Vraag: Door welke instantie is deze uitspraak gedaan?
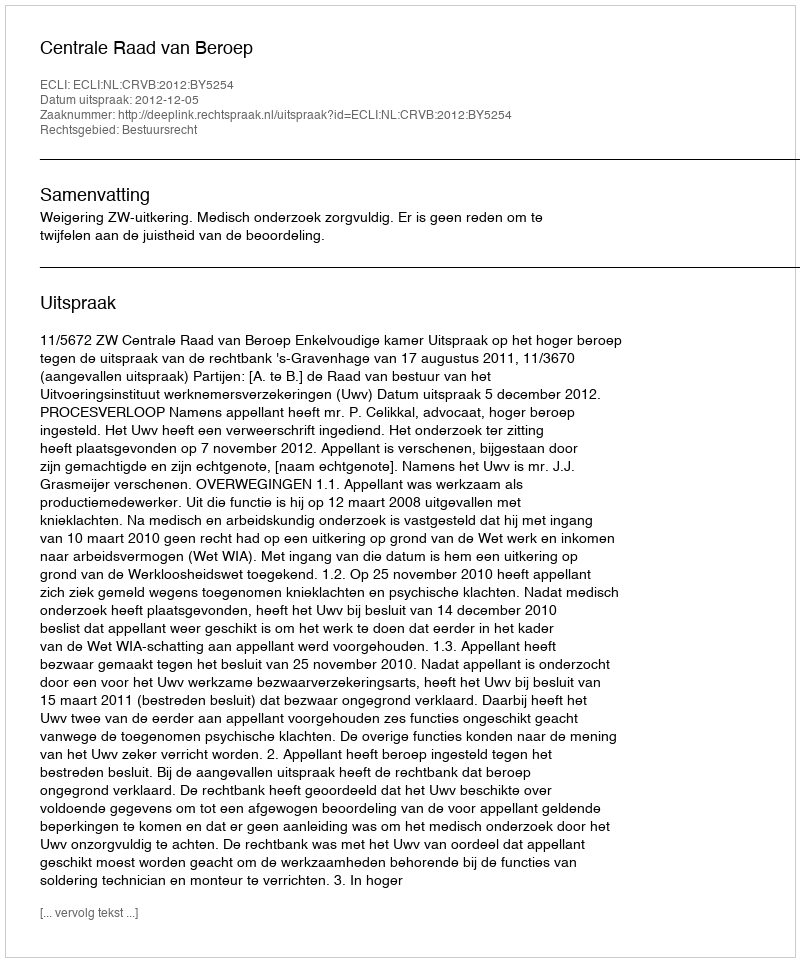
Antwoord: Centrale Raad van Beroep